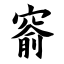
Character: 窬